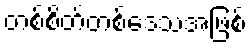
တစ်စိတ်တစ်ဒေသအဖြစ်